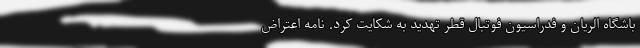
باشگاه الریان و فدراسیون فوتبال قطر تهدید به شکایت کرد. نامه اعتراض